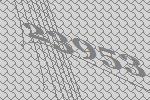
23953